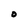
Character: O